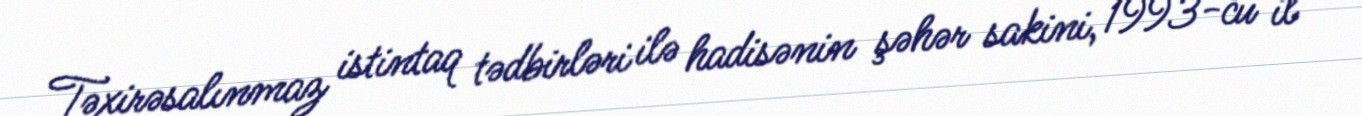
Təxirəsalınmaz istintaq tədbirləri ilə hadisənin şəhər sakini, 1993-cü il